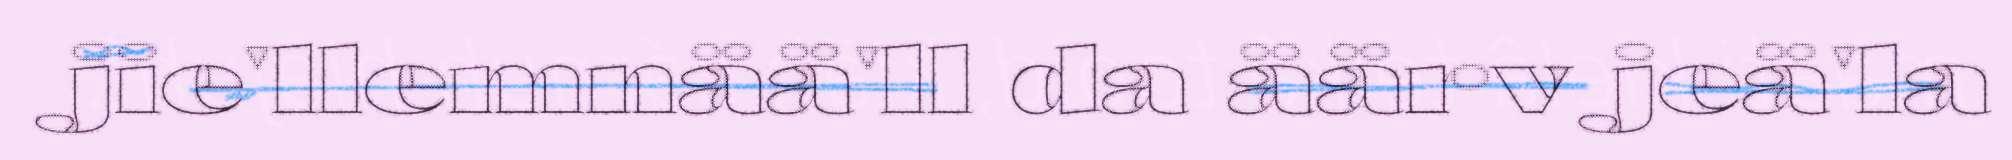
jie'llemnää'll da äärv jeä'la